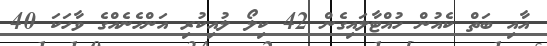
އާއި ބަތް ކެއުން ހުއްޓާލައިގެން 42 ކިލޯ ލުއިކުރި އަންހެނެއްގެ ވާހަކަ 40